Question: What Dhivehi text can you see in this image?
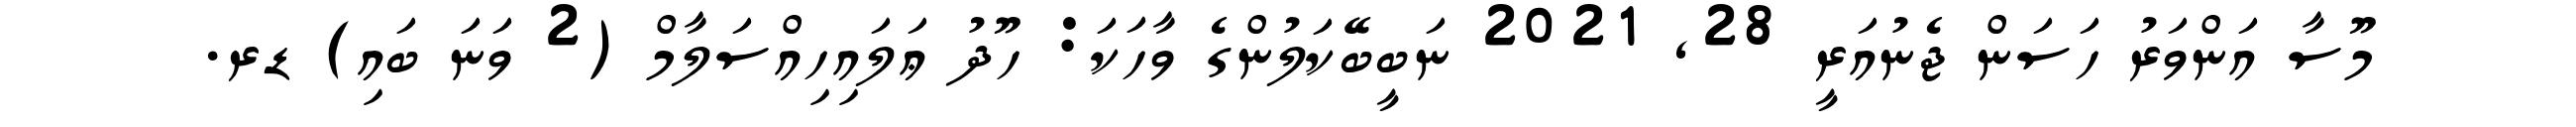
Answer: މޫސާ އަންވަރު ހަސަން ޖެނުއަރީ 28, 2021 ނަބީބޭކަލުންގެ ވާހަކަ: ހޫދު ޢަލައިހިއްސަލާމް (2 ވަނަ ބައި) ޑރ.